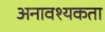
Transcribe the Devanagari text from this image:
अनावश्यकता